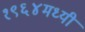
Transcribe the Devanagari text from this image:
१९६४मध्यी